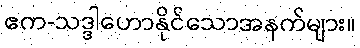
ဧက-သဒ္ဒါဟောနိုင်သောအနက်များ။